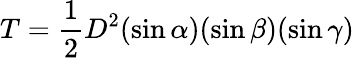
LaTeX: T={\frac{1}{2}}D^{2}(\sin\alpha)(\sin\beta)(\sin\gamma)